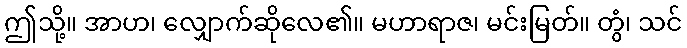
ဤသို့။ အာဟ၊ လျှောက်ဆိုလေ၏။ မဟာရာဇ၊ မင်းမြတ်။ တွံ၊ သင်